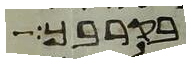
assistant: בקרבך